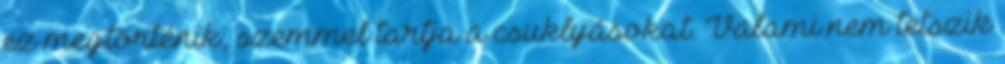
ez megtörténik, szemmel tartja a csuklyásokat. Valami nem tetszik